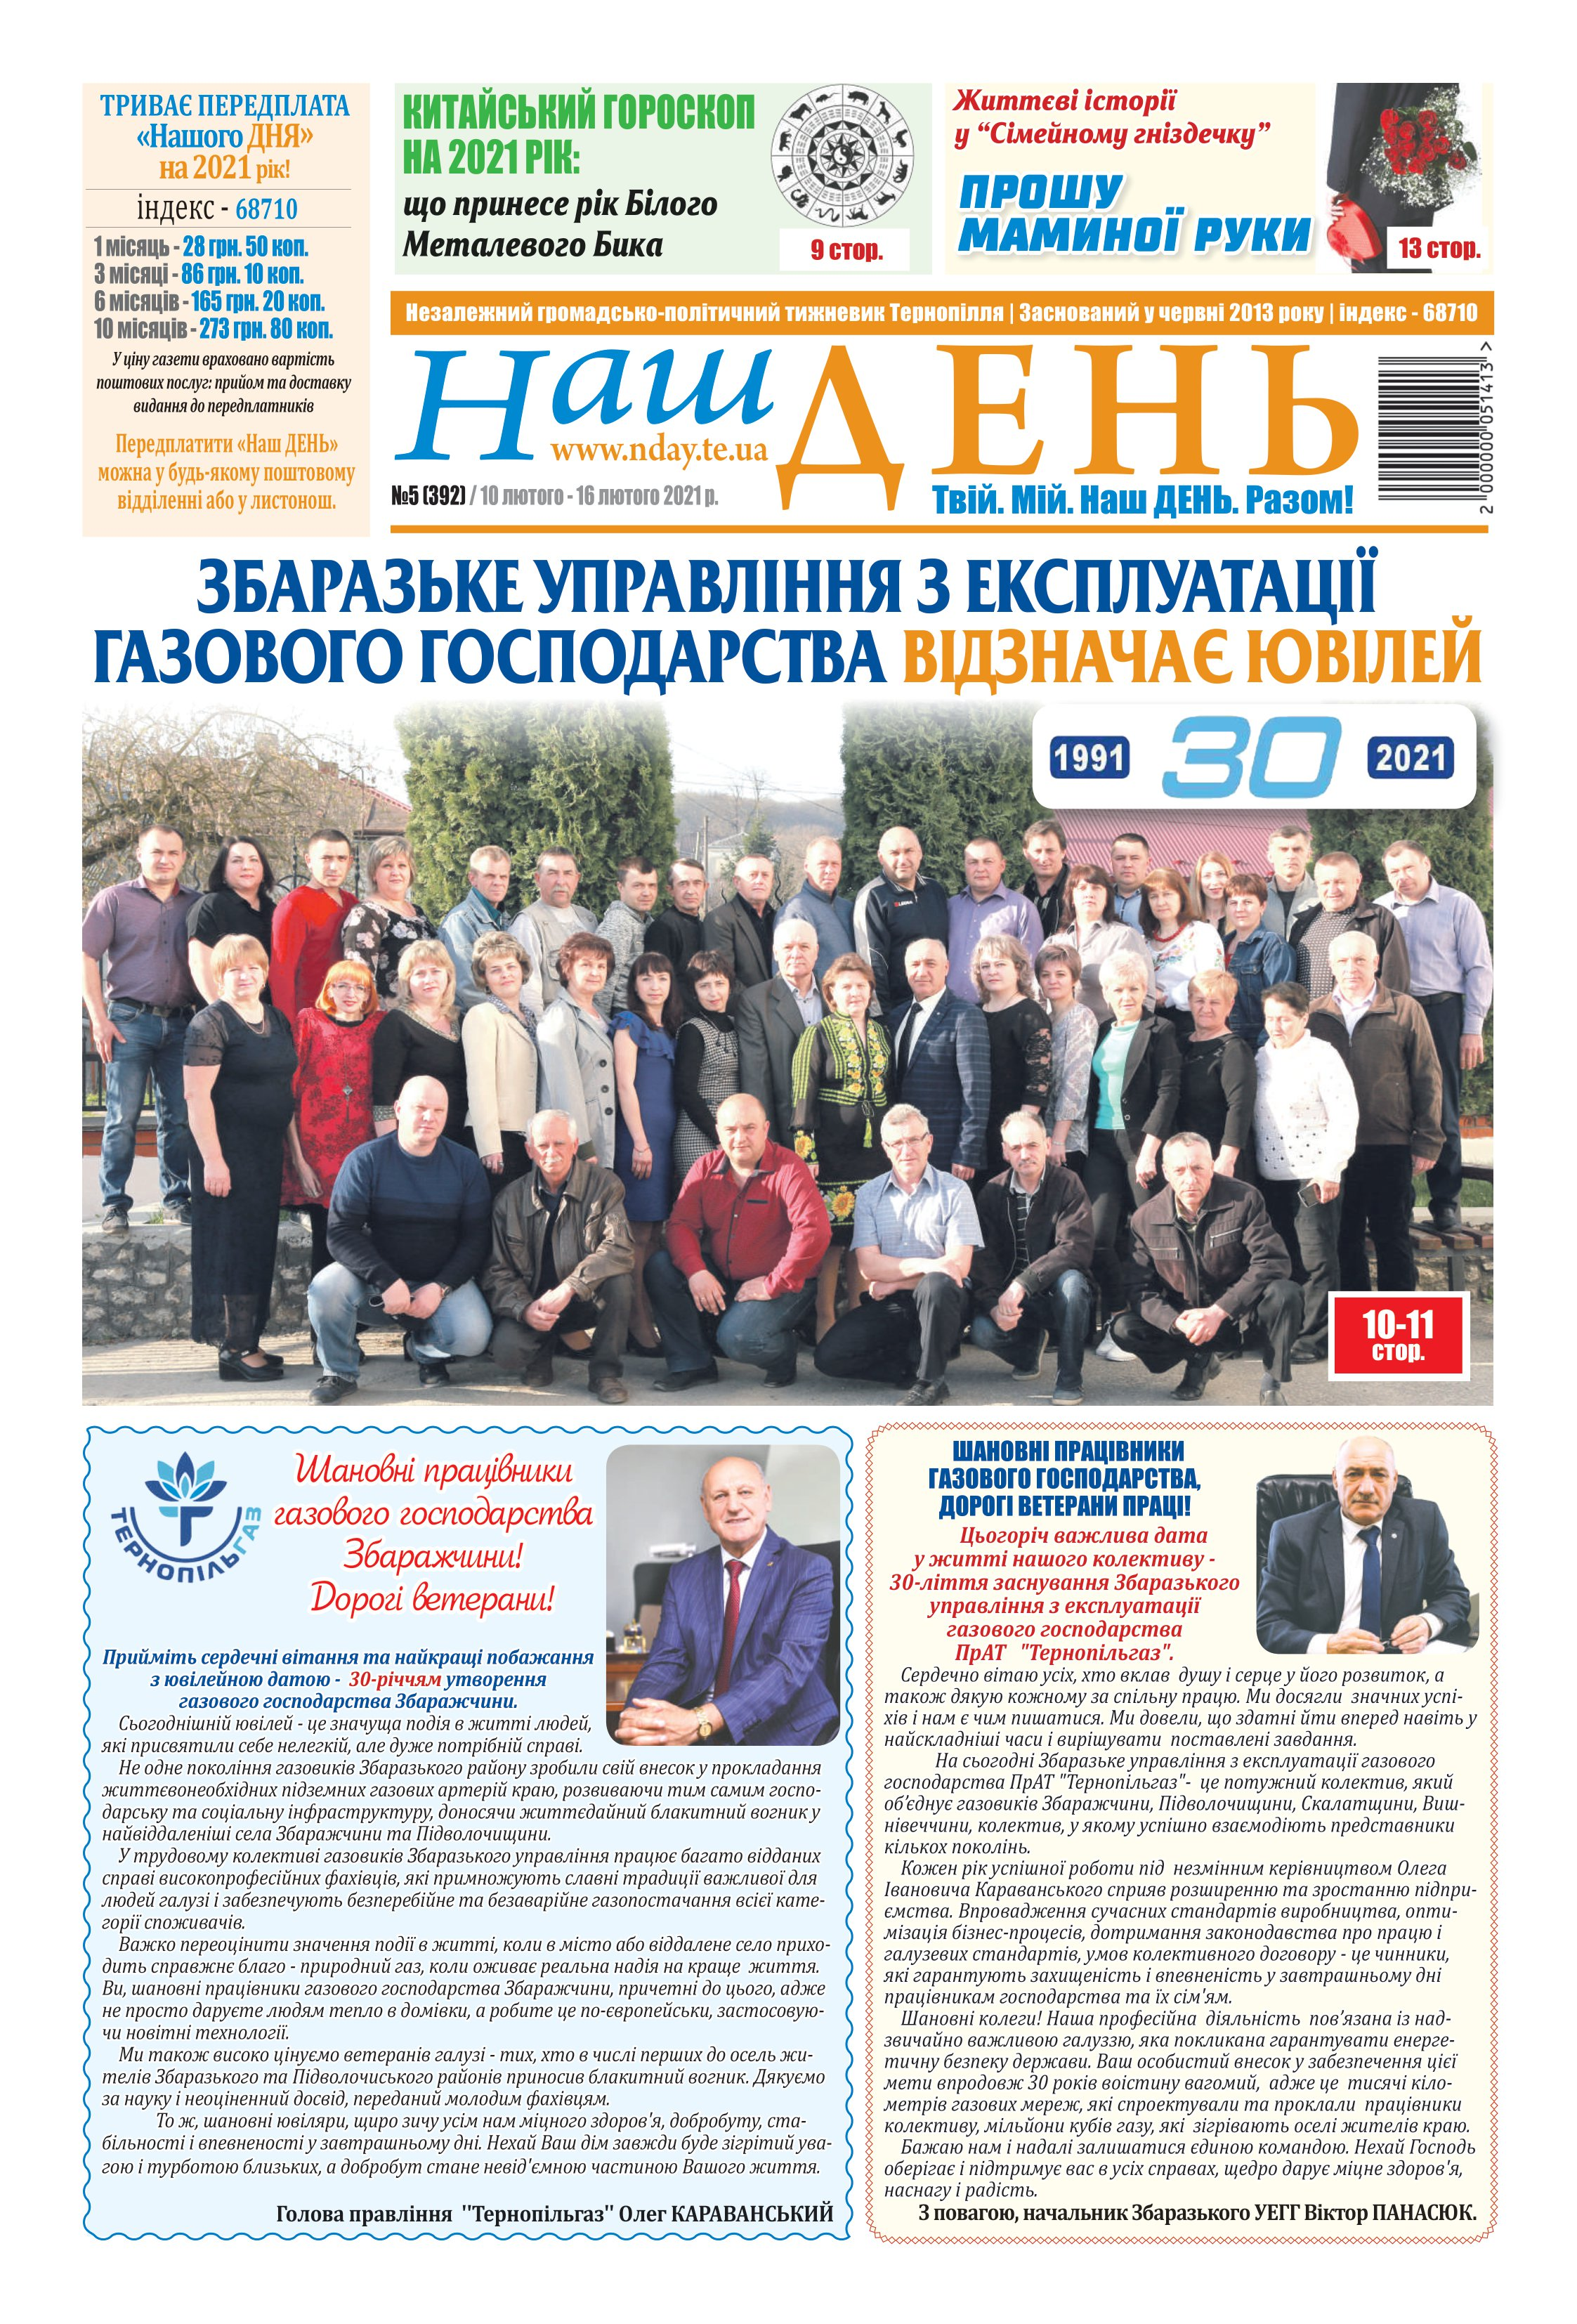
Language: uk